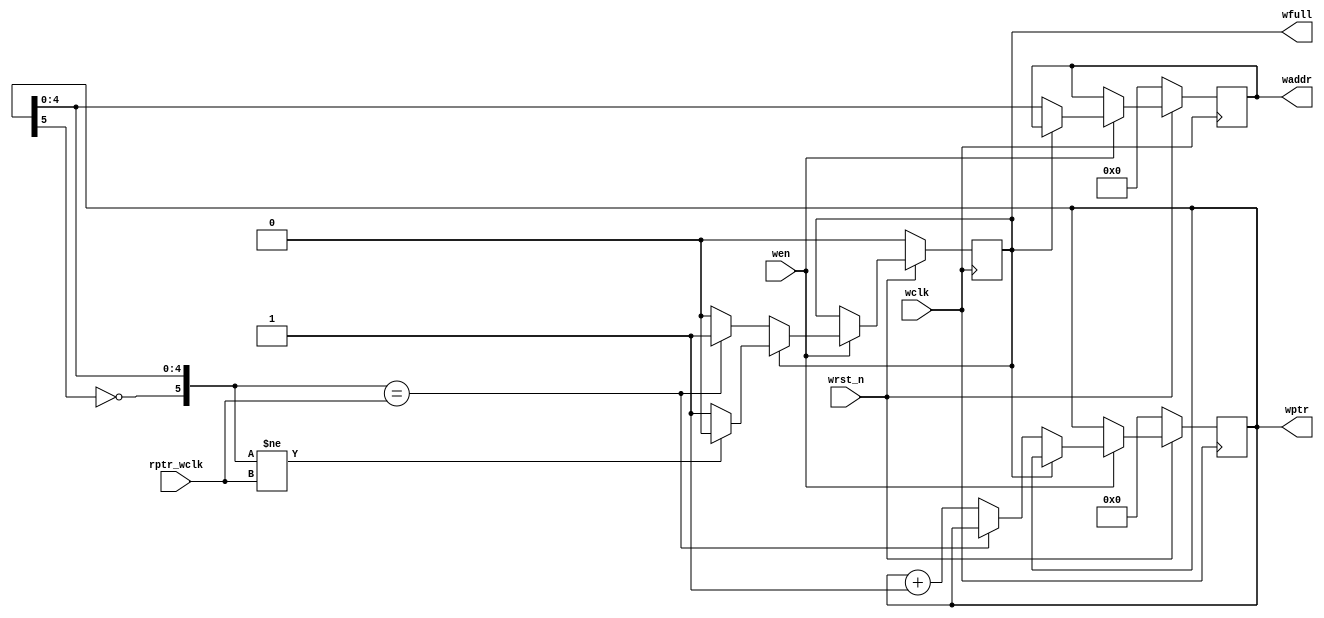
module write_control(		
		input  wen,wclk,wrst_n,
		input  [depthsize:0]rptr_wclk,
		output reg[addresssize:0]waddr,
		output reg[depthsize:0]wptr,
		output reg wfull
    );

	 parameter depth = 31 , depthsize = 5 , addresssize = 4 ;

	 initial 
	 begin
		wptr=5'b00000;
		waddr = 4'b0000;
		wfull=0 ; 
	 end
	 
	 always @ (posedge wclk)
		begin
			if(wrst_n==0)
			begin
			wptr = 5'b00000;
			wfull = 0 ;
			waddr = 4'b0000;
			end
			else
			begin
				if (wen==1)
				begin
					if (wfull==0)
						begin
						waddr=wptr[addresssize:0];
							if({~wptr[depthsize],wptr[depthsize-1:0]} == rptr_wclk[depthsize:0]) wfull=1;
							else 
							begin
							wptr = wptr+ 1'b1;
							wfull=0;
							end
						end
					else
						begin
						if({~wptr[depthsize],wptr[depthsize-1:0]} != rptr_wclk[depthsize:0]) wfull=0;
						end
				end
			end
		end
		
endmodule